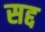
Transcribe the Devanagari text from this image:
सद्द